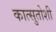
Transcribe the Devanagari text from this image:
कात्सुतोशी